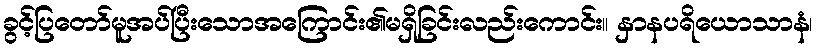
ခွင့်ပြတော်မူအပ်ပြီးသောအကြောင်း၏မရှိခြင်းလည်းကောင်း။ နှာနပရိယောသာနံ၊